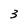
Character: 3